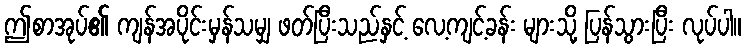
ဤစာအုပ်၏ ကျန်အပိုင်းမှန်သမျှ ဖတ်ပြီးသည်နှင့် လေ့ကျင့်ခန်း များသို့ ပြန်သွားပြီး လုပ်ပါ။